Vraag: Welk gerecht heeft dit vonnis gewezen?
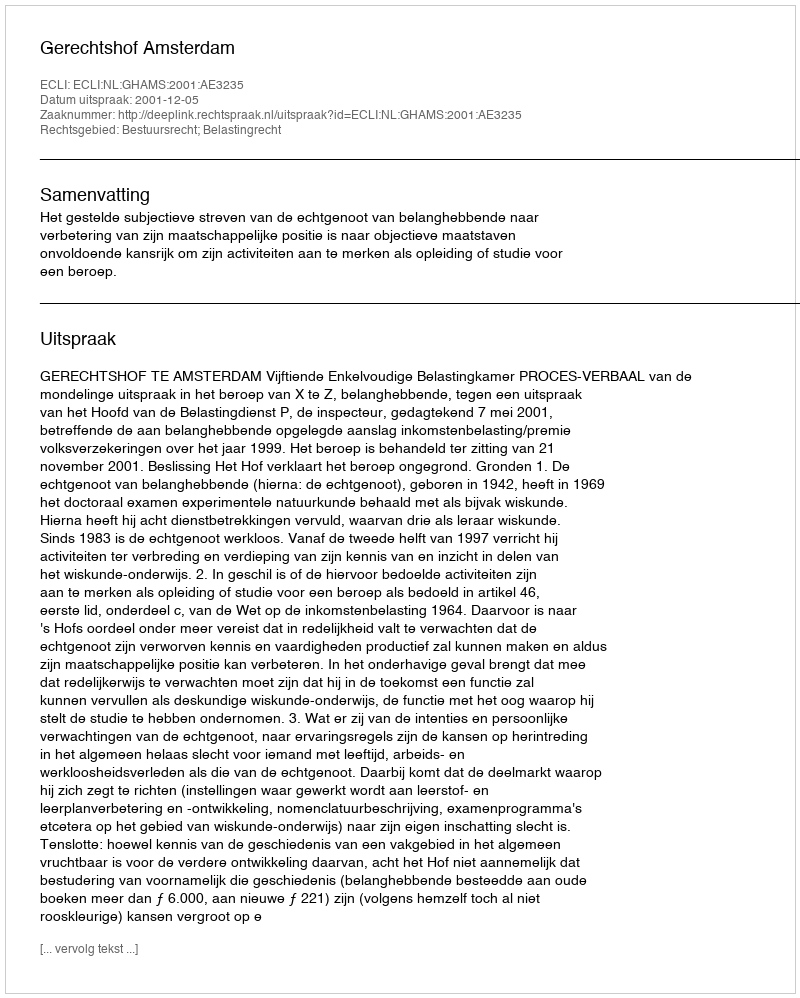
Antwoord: Gerechtshof Amsterdam